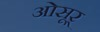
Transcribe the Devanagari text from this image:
ओसूर्